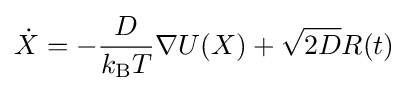
{\dot {X}}=-{\frac {D}{k_{\text{B}}T}}\nabla U(X)+{\sqrt {2D}}R(t)